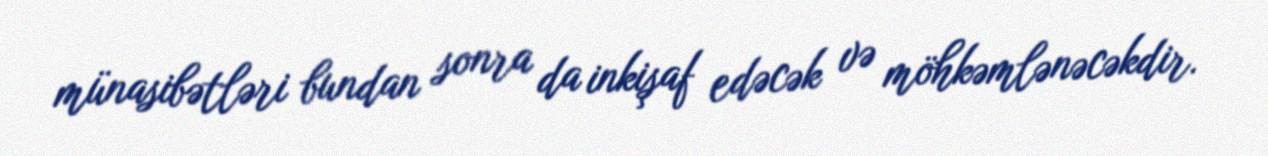
münasibətləri bundan sonra da inkişaf edəcək və möhkəmlənəcəkdir.